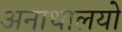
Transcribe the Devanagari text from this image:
अनाथालयो